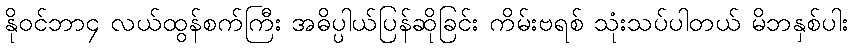
နိုဝင်ဘာ၄ လယ်ထွန်စက်ကြီး အဓိပ္ပါယ်ပြန်ဆိုခြင်း ကိမ်းဗရစ် သုံးသပ်ပါတယ် မိဘနှစ်ပါး